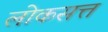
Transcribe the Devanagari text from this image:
लोकसत्त